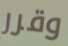
وقرر